General report no. 6 on the lunatic asylums, vaccination and dispensaries in the Bengal Presidency, 1873 -
Year: 1873
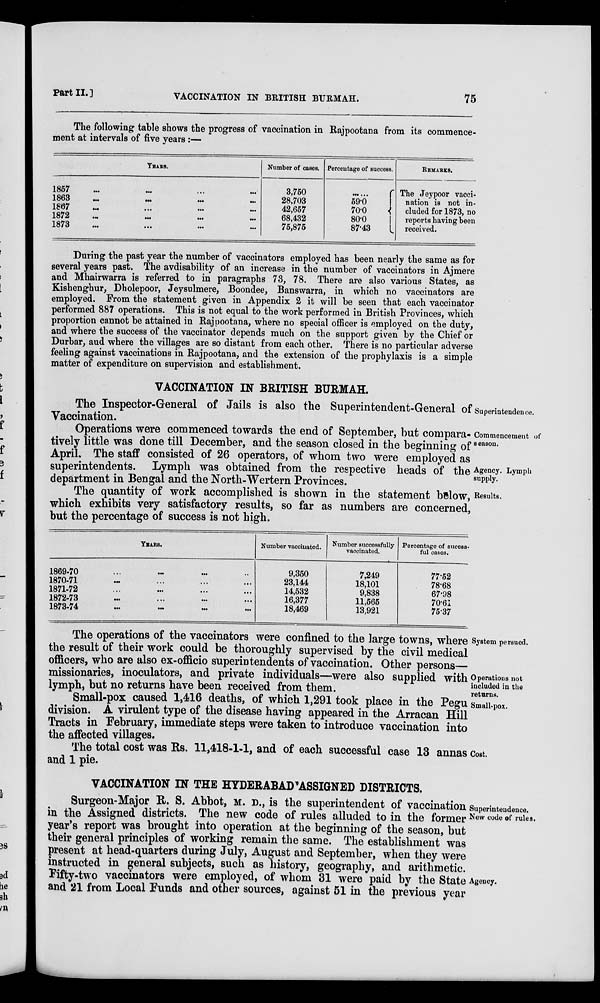
Part II.]
VACCINATION IN BRITISH BURMAH.
75
The following table shows the progress of vaccination in Rajpootana from its commence-
ment at intervals of five years :—
YEARS.
1857 ... ... ... ...
1863
...
...
...
...
1867 ... ... ... ...
1872
...
...
...
...
1873 ... ... ... ...
Number of cases.
3,750
28,703
42,657
68,432
75,875
Percentage of success.
......
59.0
70.0
80.0
87.43
REMARKS.
The Jeypoor vacci-
nation is not in-
cluded for 1873, no
reports having been
received.
During the past year the number of vaccinators employed has been nearly the same as for
several years past. The avdisability of an increase in the number of vaccinators in Ajmere
and Mhairwarra is referred to in paragraphs 73, 78. There are also various States, as
Kishenghur, Dholepoor, Jeysulmere, Boondee, Banswarra, in which no vaccinators are
employed. From the statement given in Appendix 2 it will be seen that each vaccinator
performed 887 operations. This is not equal to the work performed in British Provinces, which
proportion cannot be attained in Rajpootana, where no special officer is employed on the duty,
and where the success of the vaccinator depends much on the support given by the Chief or
Durbar, aud where the villages are so distant from each other. There is no particular adverse
feeling against vaccinations in Rajpootana, and the extension of the prophylaxis is a simple
matter of expenditure on supervision and establishment.
VACCINATION IN BRITISH BURMAH.
Superintendence.
The Inspector-General of Jails is also the Superintendent-General of
Vaccination.
Commencement of
season.
Agency. Lymph
supply-
Operations were commenced towards the end of September, but compara-
tively little was done till December, and the season closed in the beginning of
April. The staff consisted of 26 operators, of whom two were employed as
superintendents. Lymph was obtained from the respective heads of the
department in Bengal and the North-Wertern Provinces.
Results.
The quantity of work accomplished is shown in the statement below,
which exhibits very satisfactory results, so far as numbers are concerned,
but the percentage of success is not high.
YEARS.
1869-70 ... ... ... ...
1870-71 ... ... ... ...
1871-72 ... ... ... ...
1872-73 ... ... ... ...
1873-74
...
...
...
...
Number vaccinated.
9,350
23,144
14,532
16,377
18,469
Number successfully
vaccinated.
7,249
18,101
9,838
11,565
13,921
Percentage of sucess-
ful cases.
77.52
78.68
67.98
70.61
75.37
System persued.
Operations not
included in the
returns.
Small-pox.
The operations of the vaccinators were confined to the large towns, where
the result of their work could be thoroughly supervised by the civil medical
officers, who are also ex-officio superintendents of vaccination. Other persons—
missionaries, inoculators, and private individuals—were also supplied with
lymph, but no returns have been received from them.
Small-pox caused 1,416 deaths, of which 1,291 took place in the Pegu
division. A virulent type of the disease having appeared in the Arracan Hill
Tracts in February, immediate steps were taken to introduce vaccination into
the affected villages.
Cost.
The total cost was Rs. 11,418-1-1, and of each successful case 13 annas
and 1 pie.
VACCINATION IN THE HYDERABAD'ASSIGNED DISTRICTS.
Superintendence.
New code of rules.
Agency.
Surgeon-Major R. S. Abbot, M. D., is the superintendent of vaccination
in the Assigned districts. The new code of rules alluded to in the former
year's report was brought into operation at the beginning of the season, but
their general principles of working remain the same. The establishment was
present at head-quarters during July, August and September, when they were
instructed in general subjects, such as history, geography, and arithmetic.
Fifty-two vaccinators were employed, of whom 31 were paid by the State
and 21 from Local Funds and other sources, against 51 in the previous year